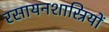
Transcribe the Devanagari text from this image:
रसायनशास्रियों